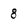
Character: 8